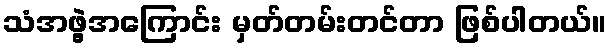
သံအဖွဲ့အကြောင်း မှတ်တမ်းတင်တာ ဖြစ်ပါတယ်။